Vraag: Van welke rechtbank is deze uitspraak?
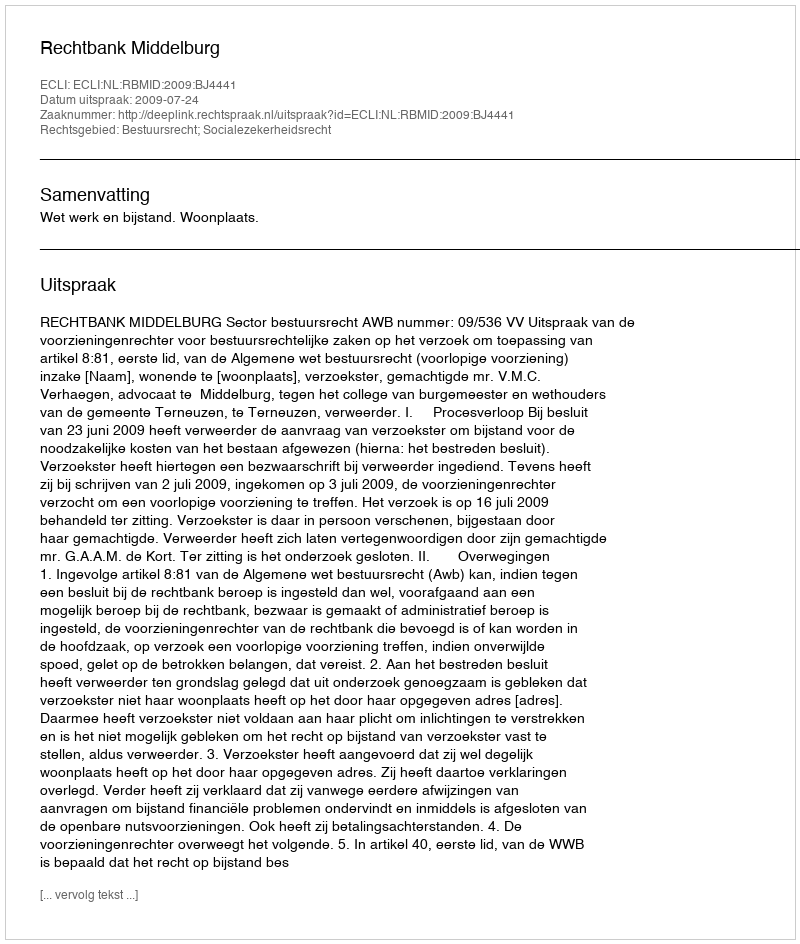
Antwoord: Rechtbank Middelburg